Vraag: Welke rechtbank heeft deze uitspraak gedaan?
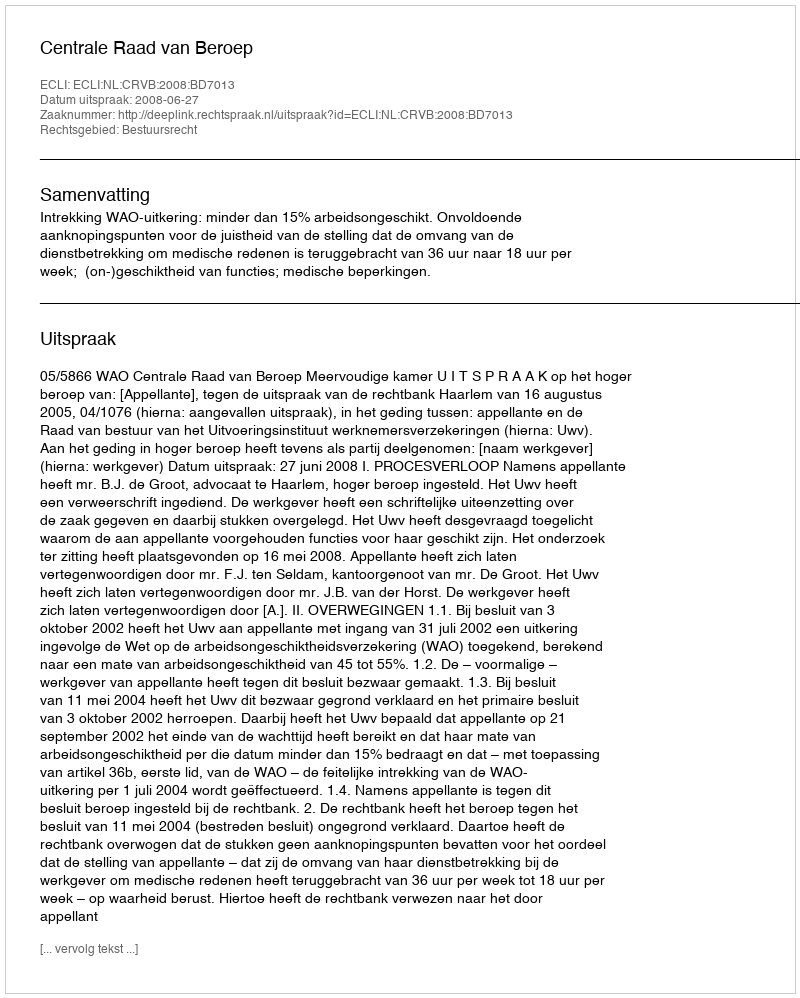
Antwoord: Centrale Raad van Beroep